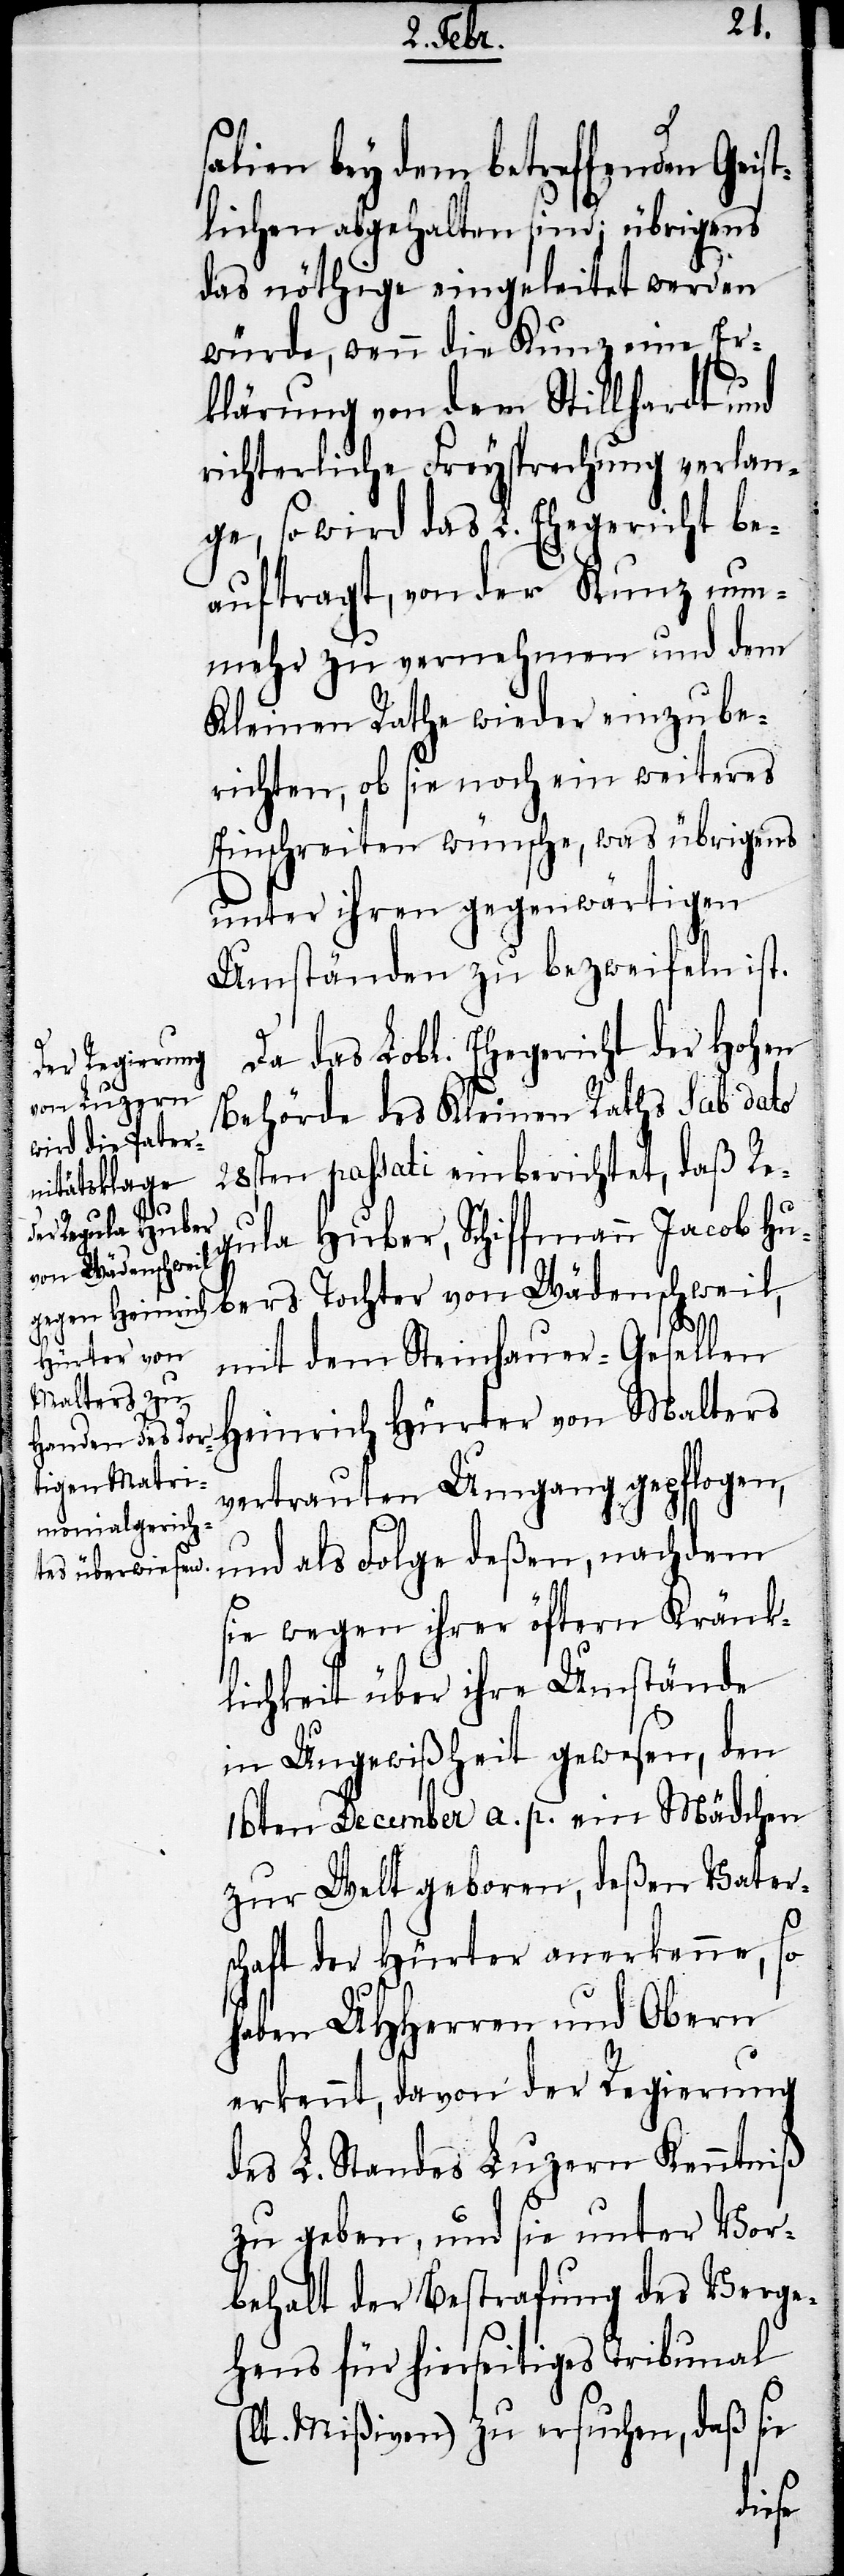
salien bey dem betreffenden Geis¬
tlichen abgehalten sind; übrigens
das nöthige eingeleitet werden
würde, wenn die Kunz eine Er¬
klärung von dem Stillhardt und
richterliche Freysprechung verlan¬
ge, so wird das L. Ehegericht be¬
auftragt, von der Kunz nun¬
mehr zu vernehmen und dem
Kleinen Rathe wieder einzube¬
richten, ob sie noch ein weiteres
Einschreiten wünsche, was übrigens
unter ihren gegenwärtigen
Umständen zu bezweifeln ist.
Da das Lobl. Ehegericht der Hohen
Behörde des Kleinen Raths sub dato
28sten passati einberichtet, daß Re¬
(l¬
gula Huber, Schiffmann Jacob Hu¬
bers Tochter von Wädenschweil,
mit dem Steinhauer-Gesellen
Heinrich Hürter von Malters
vertrauten Umgang gepflogen,
und als Folge deßen, nachdem
sie wegen ihrer öftern Kränk¬
lichkeit über ihre Umstände
in Ungewißheit gewesen, den
16sten December a. p. ein Mädchen
zur Welt geboren, deßen Vater¬
schaft der Hürter anerkenne, so
haben UHHerren und Obern
erkennt, davon der Regierung
des L. Standes Luzern Kenntniß
zu geben, und sie unter Vor¬
behalt der Bestrafung des Verge¬
hens für hierseitiges Tribunal
t. Mißiven) zu versuchen, daß sie